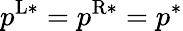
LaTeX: p^{\mathrm{L}*}=p^{\mathrm{R}*}=p^{*}